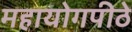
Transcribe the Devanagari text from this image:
महायोगपीठे